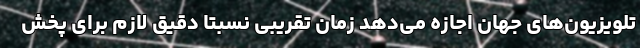
تلویزیون‌های جهان اجازه می‌دهد زمان تقریبی نسبتاً دقیق لازم برای پخش